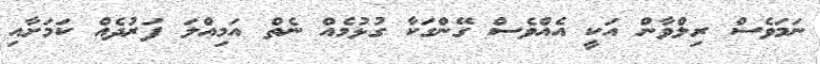
ނަމަވެސް ރިލްވާން އަކީ އެއްވެސް ގޭންގަކާ ގުޅުމެއް ނެތް އަމިއްލަ ފަރުދެއް ކަމަށާއި